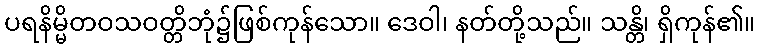
ပရနိမ္မိတဝသဝတ္တိဘုံ၌ဖြစ်ကုန်သော။ ဒေဝါ၊ နတ်တို့သည်။ သန္တိ၊ ရှိကုန်၏။